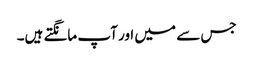
جس سے میں اور آپ مانگتے ہیں۔